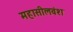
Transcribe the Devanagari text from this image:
महासीलवंश